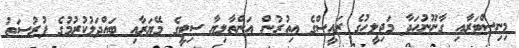
މިނިސްޓަރާއި ގާނޫނުހަދާ މަޖިލީހުގެ ރައީސްގެ އިތުރުން އަންތާލިޔާ ސިޓީގެ މޭޔަރާއި ބައްދަލުކުރުމުގެ ފުރުސަތު